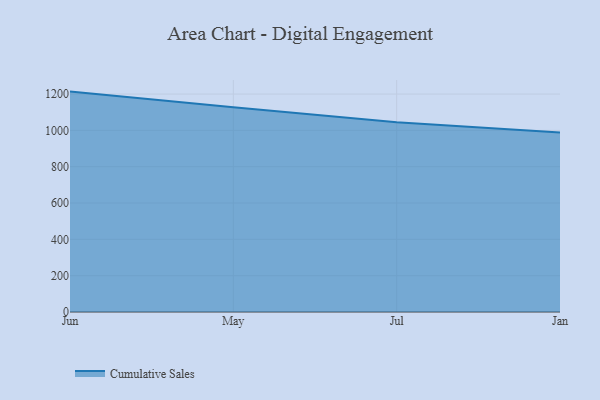
{"axis": {"x": "Month", "y": "Operating Costs (USD K)"}, "legend": ["Cumulative Sales"], "data": [{"x": "Jun", "y": 1213.5, "type": "Cumulative Sales"}, {"x": "May", "y": 1127.2, "type": "Cumulative Sales"}, {"x": "Jul", "y": 1045.3, "type": "Cumulative Sales"}, {"x": "Jan", "y": 988.2, "type": "Cumulative Sales"}]}